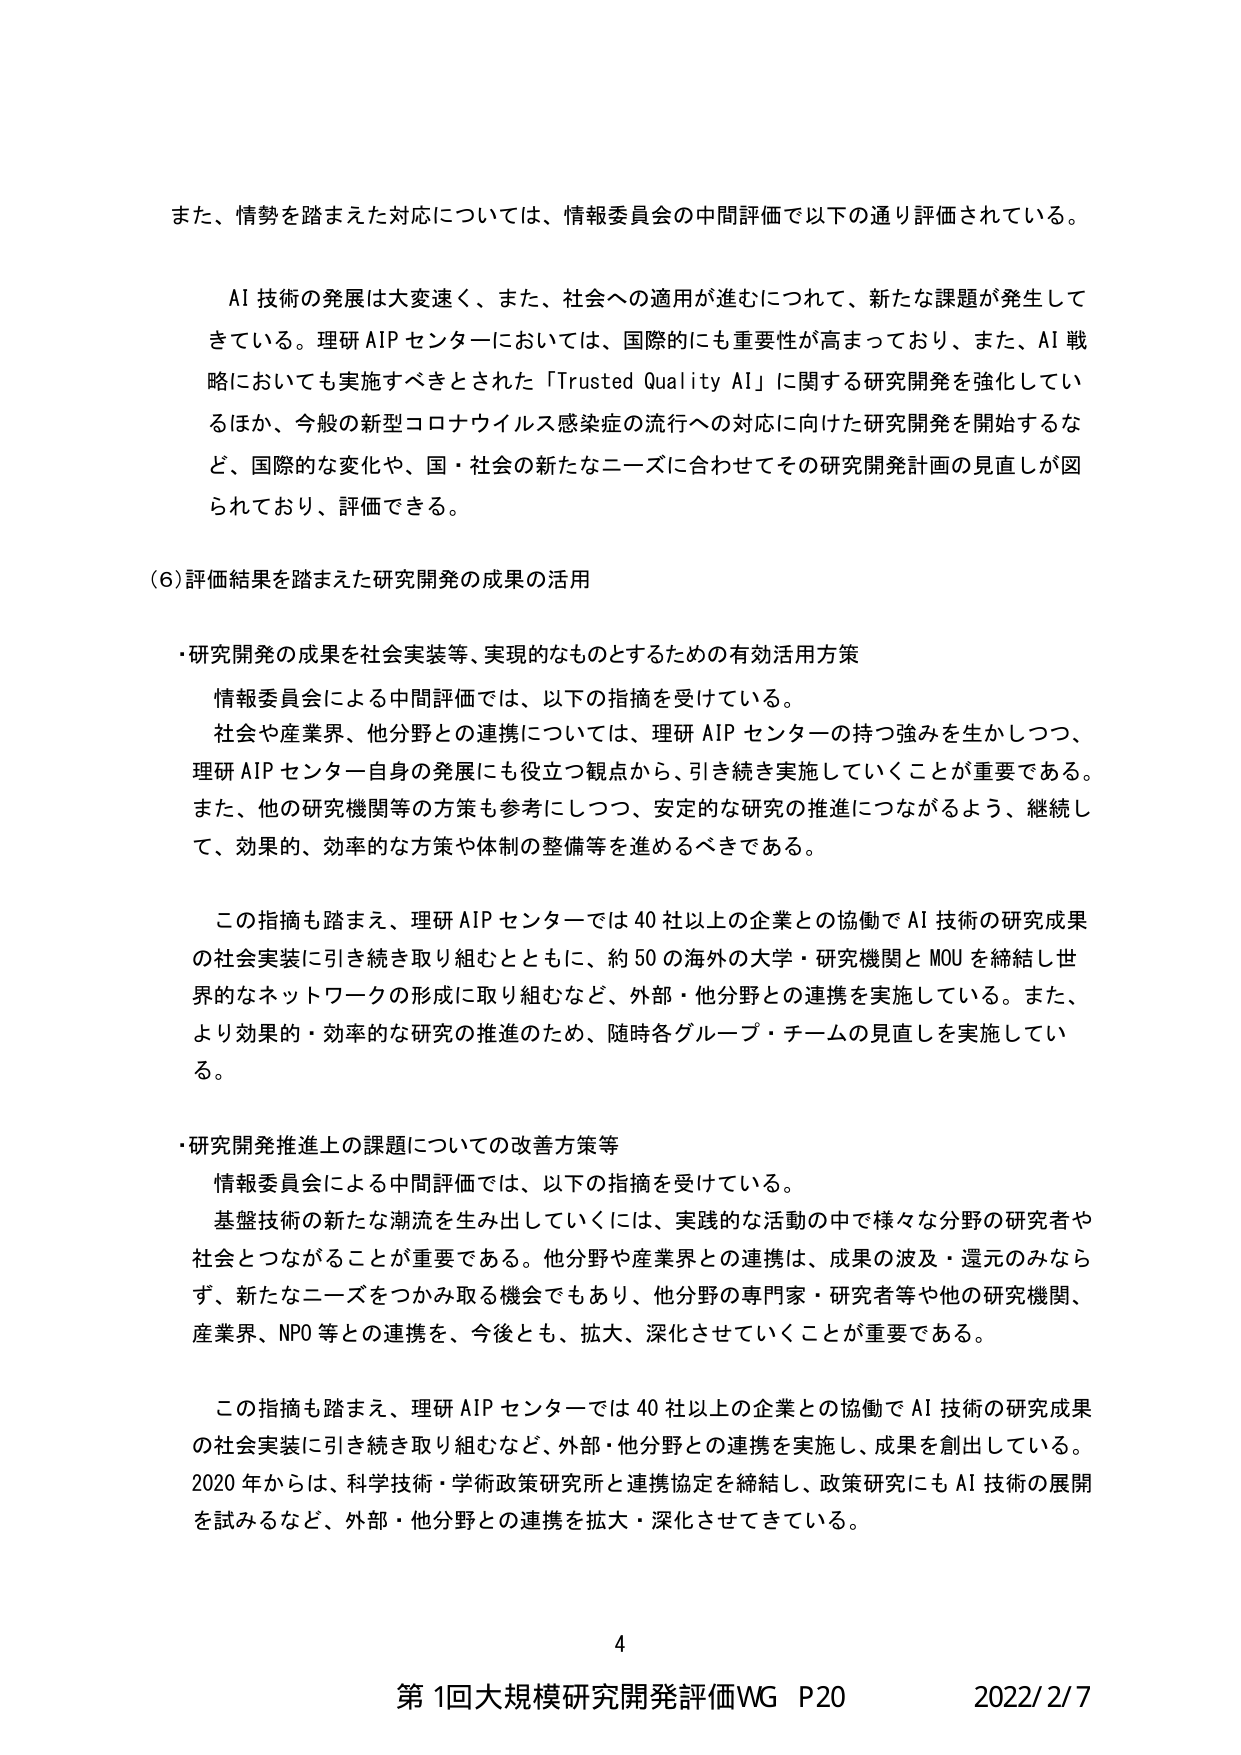
また、情勢を踏まえた対応については、情報委員会の中間評価で以下の通り評価されている。

AI 技術の発展は大変速く、また、社会への適用が進むにつれて、新たな課題が発生してきている。理研 AIP センターにおいては、国際的にも重要性が高まっており、また、AI 戦略においても実施すべきとされた「Trusted Quality AI」に関する研究開発を強化しているほか、今般の新型コロナウイルス感染症の流行への対応に向けた研究開発を開始するなど、国際的な変化や、国・社会の新たなニーズに合わせてその研究開発計画の見直しが図られており、評価できる。

(6) 評価結果を踏まえた研究開発の成果の活用

・研究開発の成果を社会実装等、実現的なものとするための有効活用方策

情報委員会による中間評価では、以下の指摘を受けている。
社会や産業界、他分野との連携については、理研 AIP センターの持つ強みを生かしつつ、理研 AIP センター自身の発展にも役立つ観点から、引き続き実施していくことが重要である。また、他の研究機関等の方策も参考にしつつ、安定的な研究の推進につながるよう、継続して、効果的、効率的な方策や体制の整備等を進めるべきである。

この指摘も踏まえ、理研 AIP センターでは 40 社以上の企業との協働で AI 技術の研究成果の社会実装に引き続き取り組むとともに、約 50 の海外の大学・研究機関と MOU を締結し世界的なネットワークの形成に取り組むなど、外部・他分野との連携を実施している。また、より効果的・効率的な研究の推進のため、随時各グループ・チームの見直しを実施している。

・研究開発推進上の課題についての改善方策等

情報委員会による中間評価では、以下の指摘を受けている。
基盤技術の新たな潮流を生み出していくには、実践的な活動の中で様々な分野の研究者や社会とつながることが重要である。他分野や産業界との連携は、成果の波及・還元のみならず、新たなニーズをつかみ取る機会でもあり、他分野の専門家・研究者等や他の研究機関、産業界、NPO 等との連携を、今後とも、拡大、深化させていくことが重要である。

この指摘も踏まえ、理研 AIP センターでは 40 社以上の企業との協働で AI 技術の研究成果の社会実装に引き続き取り組むなど、外部・他分野との連携を実施し、成果を創出している。2020 年からは、科学技術・学術政策研究所と連携協定を締結し、政策研究にも AI 技術の展開を試みるなど、外部・他分野との連携を拡大・深化させてきている。

4
第1回大規模研究開発評価WG P20 2022/2/7